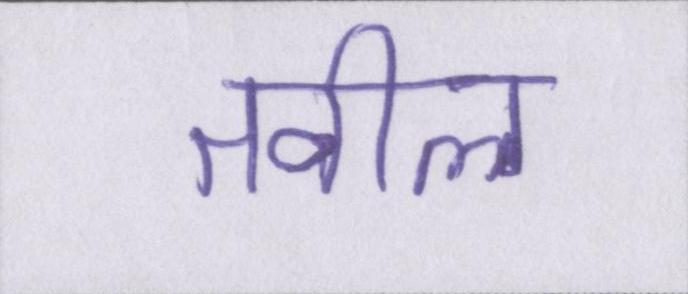
तवील